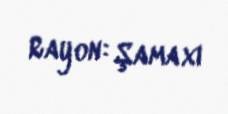
Rayon: Şamaxı